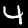
Label: 4